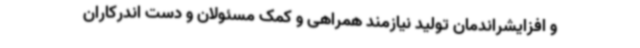
و افزایشراندمان تولید نیازمند همراهی و کمک مسئولان و دست اندرکاران